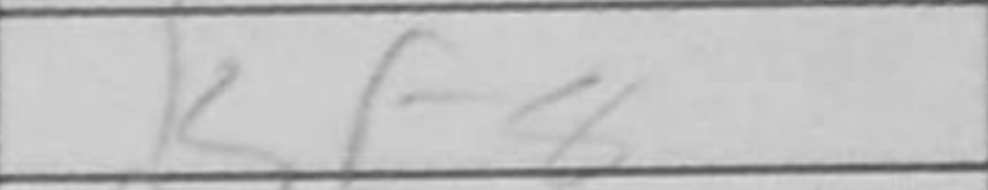
Transcription: Kf8